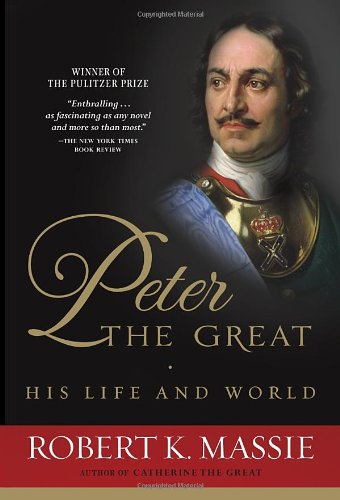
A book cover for Peter the Great: His Life and World; Robert K. Massie; Biographies & Memoirs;